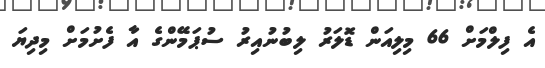
އެ ފިލްމަށް 66 މިލިއަން ޑޮލަރު ލިބުނުއިރު ސުޕަމޭންގެ އާ ފެށުމަށް މިދިޔަ